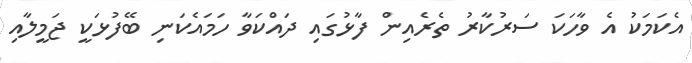
އެކަމަކު އެ ވާހަކަ ސަރުކާރު ތެރެއިން ފާޅުގައި ދައްކަވާ ހަމައެކަނި ބޭފުޅަކީ ޖަމީލާއި